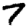
Digit: 7